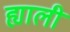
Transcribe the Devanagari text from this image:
ह्याली